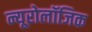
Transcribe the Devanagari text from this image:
न्यूरोलॉजिक